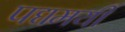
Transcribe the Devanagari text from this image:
पद्यमयी